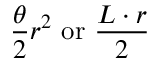
{ \frac { \theta } { 2 } } r ^ { 2 } \ { \mathrm { o r } } \ { \frac { L \cdot r } { 2 } } \,